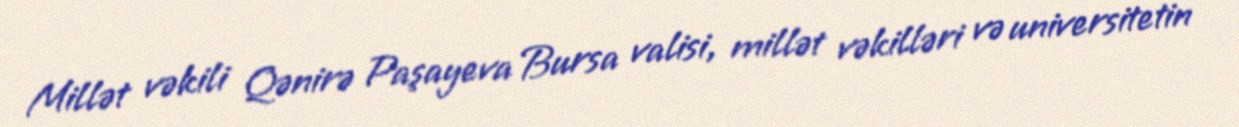
Millət vəkili Qənirə Paşayeva Bursa valisi, millət vəkilləri və universitetin